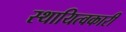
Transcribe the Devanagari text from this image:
स्थायित्वकारी